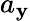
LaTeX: a_{\mathbf{y}}